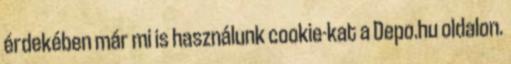
érdekében már mi is használunk cookie-kat a Depo.hu oldalon.